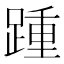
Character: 踵